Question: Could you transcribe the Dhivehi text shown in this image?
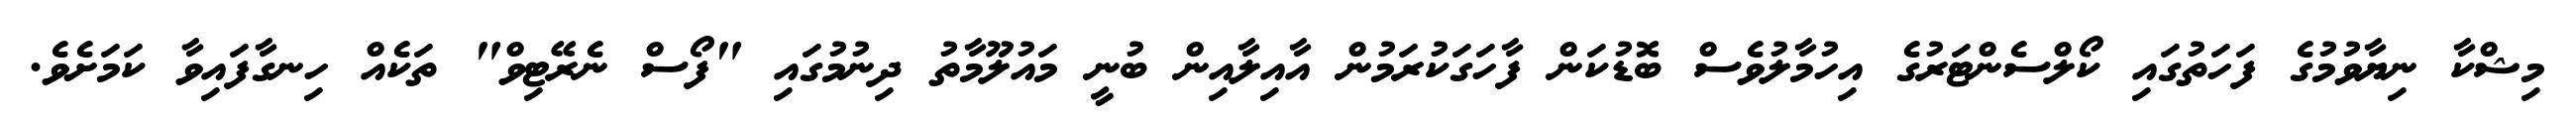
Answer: މިޝްކާ ނިޔާވުމުގެ ފަހަތުގައި ކޯލްސެންޓަރުގެ އިހުމާލުވެސް ބޮޑުކަން ފާހަގަކުރަމުން އާއިލާއިން ބުނީ މައުލޫމާތު ދިނުމުގައި "ފޯސް ނެރޭޓިވް" ތަކެއް ހިނގާފައިވާ ކަމަށެވެ.